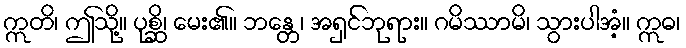
ဣတိ၊ ဤသို့။ ပုစ္ဆိ၊ မေး၏။ ဘန္တေ၊ အရှင်ဘုရား။ ဂမိဿာမိ၊ သွားပါအံ့။ ဣဓ၊